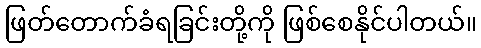
ဖြတ်တောက်ခံရခြင်းတို့ကို ဖြစ်စေနိုင်ပါတယ်။